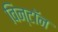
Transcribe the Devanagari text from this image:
विन्टॉन